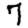
Digit: 7